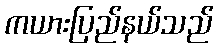
ကယားပြည်နယ်သည်